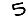
Digit: 5